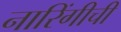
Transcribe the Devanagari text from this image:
नारिंगीची